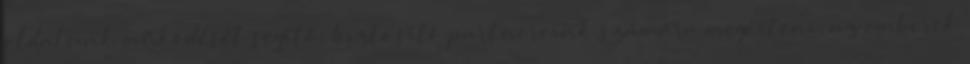
oldalunk működését segítő, biztosító partnereink számára megérteni, az emberek